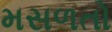
મસળતો